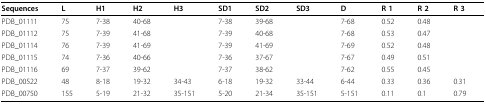
<table><thead><tr><td><b>Sequences</b></td><td><b>L</b></td><td><b>H1</b></td><td><b>H2</b></td><td><b>H3</b></td><td><b>SD1</b></td><td><b>SD2</b></td><td><b>SD3</b></td><td><b>D</b></td><td><b>R 1</b></td><td><b>R 2</b></td><td><b>R 3</b></td></tr></thead><tbody><tr><td>PDB_01111</td><td>75</td><td>7-38</td><td>40-68</td><td>[EMPTY_CELL]</td><td>7-38</td><td>39-68</td><td>[EMPTY_CELL]</td><td>7-68</td><td>0.52</td><td>0.48</td><td>[EMPTY_CELL]</td></tr><tr><td>PDB_01112</td><td>75</td><td>7-39</td><td>41-68</td><td>[EMPTY_CELL]</td><td>7-39</td><td>40-68</td><td>[EMPTY_CELL]</td><td>7-68</td><td>0.53</td><td>0.47</td><td>[EMPTY_CELL]</td></tr><tr><td>PDB_01114</td><td>76</td><td>7-39</td><td>41-69</td><td>[EMPTY_CELL]</td><td>7-39</td><td>41-69</td><td>[EMPTY_CELL]</td><td>7-69</td><td>0.52</td><td>0.48</td><td>[EMPTY_CELL]</td></tr><tr><td>PDB_01115</td><td>74</td><td>7-36</td><td>40-66</td><td>[EMPTY_CELL]</td><td>7-36</td><td>37-67</td><td>[EMPTY_CELL]</td><td>7-67</td><td>0.49</td><td>0.51</td><td>[EMPTY_CELL]</td></tr><tr><td>PDB_01116</td><td>69</td><td>7-37</td><td>39-62</td><td>[EMPTY_CELL]</td><td>7-37</td><td>38-62</td><td>[EMPTY_CELL]</td><td>7-62</td><td>0.55</td><td>0.45</td><td>[EMPTY_CELL]</td></tr><tr><td>PDB_00522</td><td>48</td><td>8-18</td><td>19-32</td><td>34-43</td><td>6-18</td><td>19-32</td><td>33-44</td><td>6-44</td><td>0.33</td><td>0.36</td><td>0.31</td></tr><tr><td>PDB_00750</td><td>155</td><td>5-19</td><td>21-32</td><td>35-151</td><td>5-20</td><td>21-34</td><td>35-151</td><td>5-151</td><td>0.11</td><td>0.1</td><td>0.79</td></tr></tbody></table>